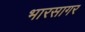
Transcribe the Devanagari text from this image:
भारसागर